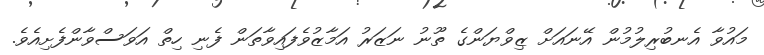
މައުވާ އެނބުރިލުމުން އޭނައަށް ޒިވްޔަންގެ ތޫނު ނަޒަރު އަމާޒުވެފައިވާތަން ފެނި ހިތް އަވަސްވާންފެށިއެވެ.